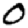
Digit: 0